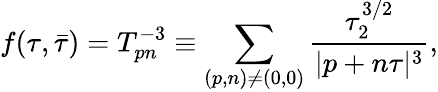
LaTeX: f(\tau,\bar{\tau})=T_{pn}^{-3}\equiv\sum_{(p,n)\neq(0,0)}{\frac{\tau_{2}^{3/2}}{|p+n\tau|^{3}}},